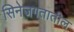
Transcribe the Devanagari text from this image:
सिनेजगतातील